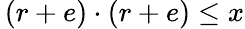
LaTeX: \, (r+e)\cdot(r+e)\leq x